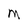
Character: M